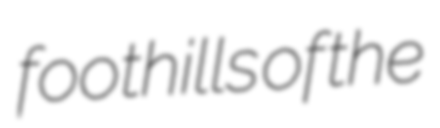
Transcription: foothills of the